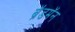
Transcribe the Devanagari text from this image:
ब्रॅडमॅन